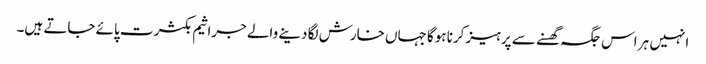
انہیں ہر اس جگہ گھسنے سے پرہیز کرنا ہوگا جہاں خارش لگا دینے والے جراثیم بکثرت پائے جاتے ہیں۔